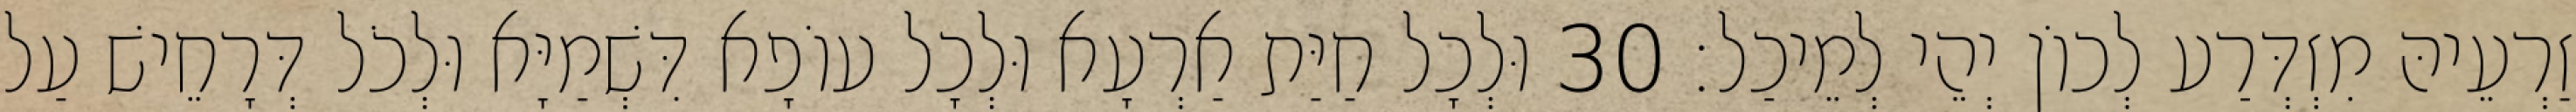
זַרְעֵיהּ מִזְדְּרַע לְכוֹן יְהֵי לְמֵיכַל׃ 30 וּלְכָל חַיַּת אַרְעָא וּלְכָל עוֹפָא דִּשְׁמַיָּא וּלְכֹל דְּרָחֵישׁ עַל